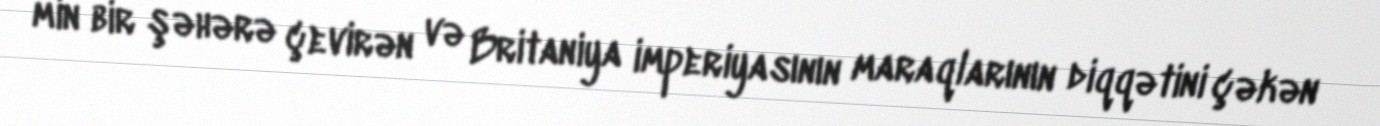
min bir şəhərə çevirən və Britaniya imperiyasının maraqlarının diqqətini çəkən